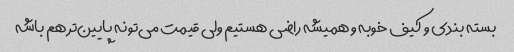
بسته بندی و کیف خوبه و همیشه راضی هستیم ولی قیمت می‌تونه پایین‌تر هم باشه